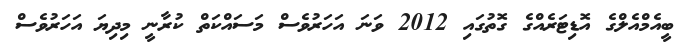
ބީއެމްއެލްގެ އޮޑިޓަރެއްގެ ގޮތުގައި 2012 ވަނަ އަހަރުވެސް މަސައްކަތް ކުރާނީ މިދިޔަ އަހަރުވެސް